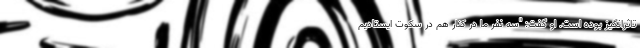
تاثرانگیز بوده است. او گفت: "سه نفر ما در کنار هم در سکوت ایستادیم